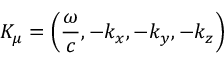
K _ { \mu } = \left( { \frac { \omega } { c } } , - k _ { x } , - k _ { y } , - k _ { z } \right)